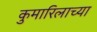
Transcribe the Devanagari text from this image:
कुमारिलाच्या